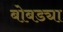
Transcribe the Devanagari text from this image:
बोबड्या